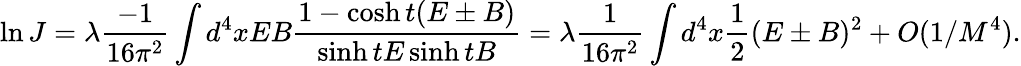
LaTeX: \ln J=\lambda\frac{-1}{16\pi^{2}}\int d^{4}xEB\frac{1-\cosh t(E\pm B)}{\sinh tE\sinh tB}=\lambda\frac{1}{16\pi^{2}}\int d^{4}x\frac{1}{2}(E\pm B)^{2}+O(1/M^{4}).